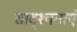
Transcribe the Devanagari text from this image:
सादृश्यताएं